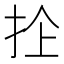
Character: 𢫜